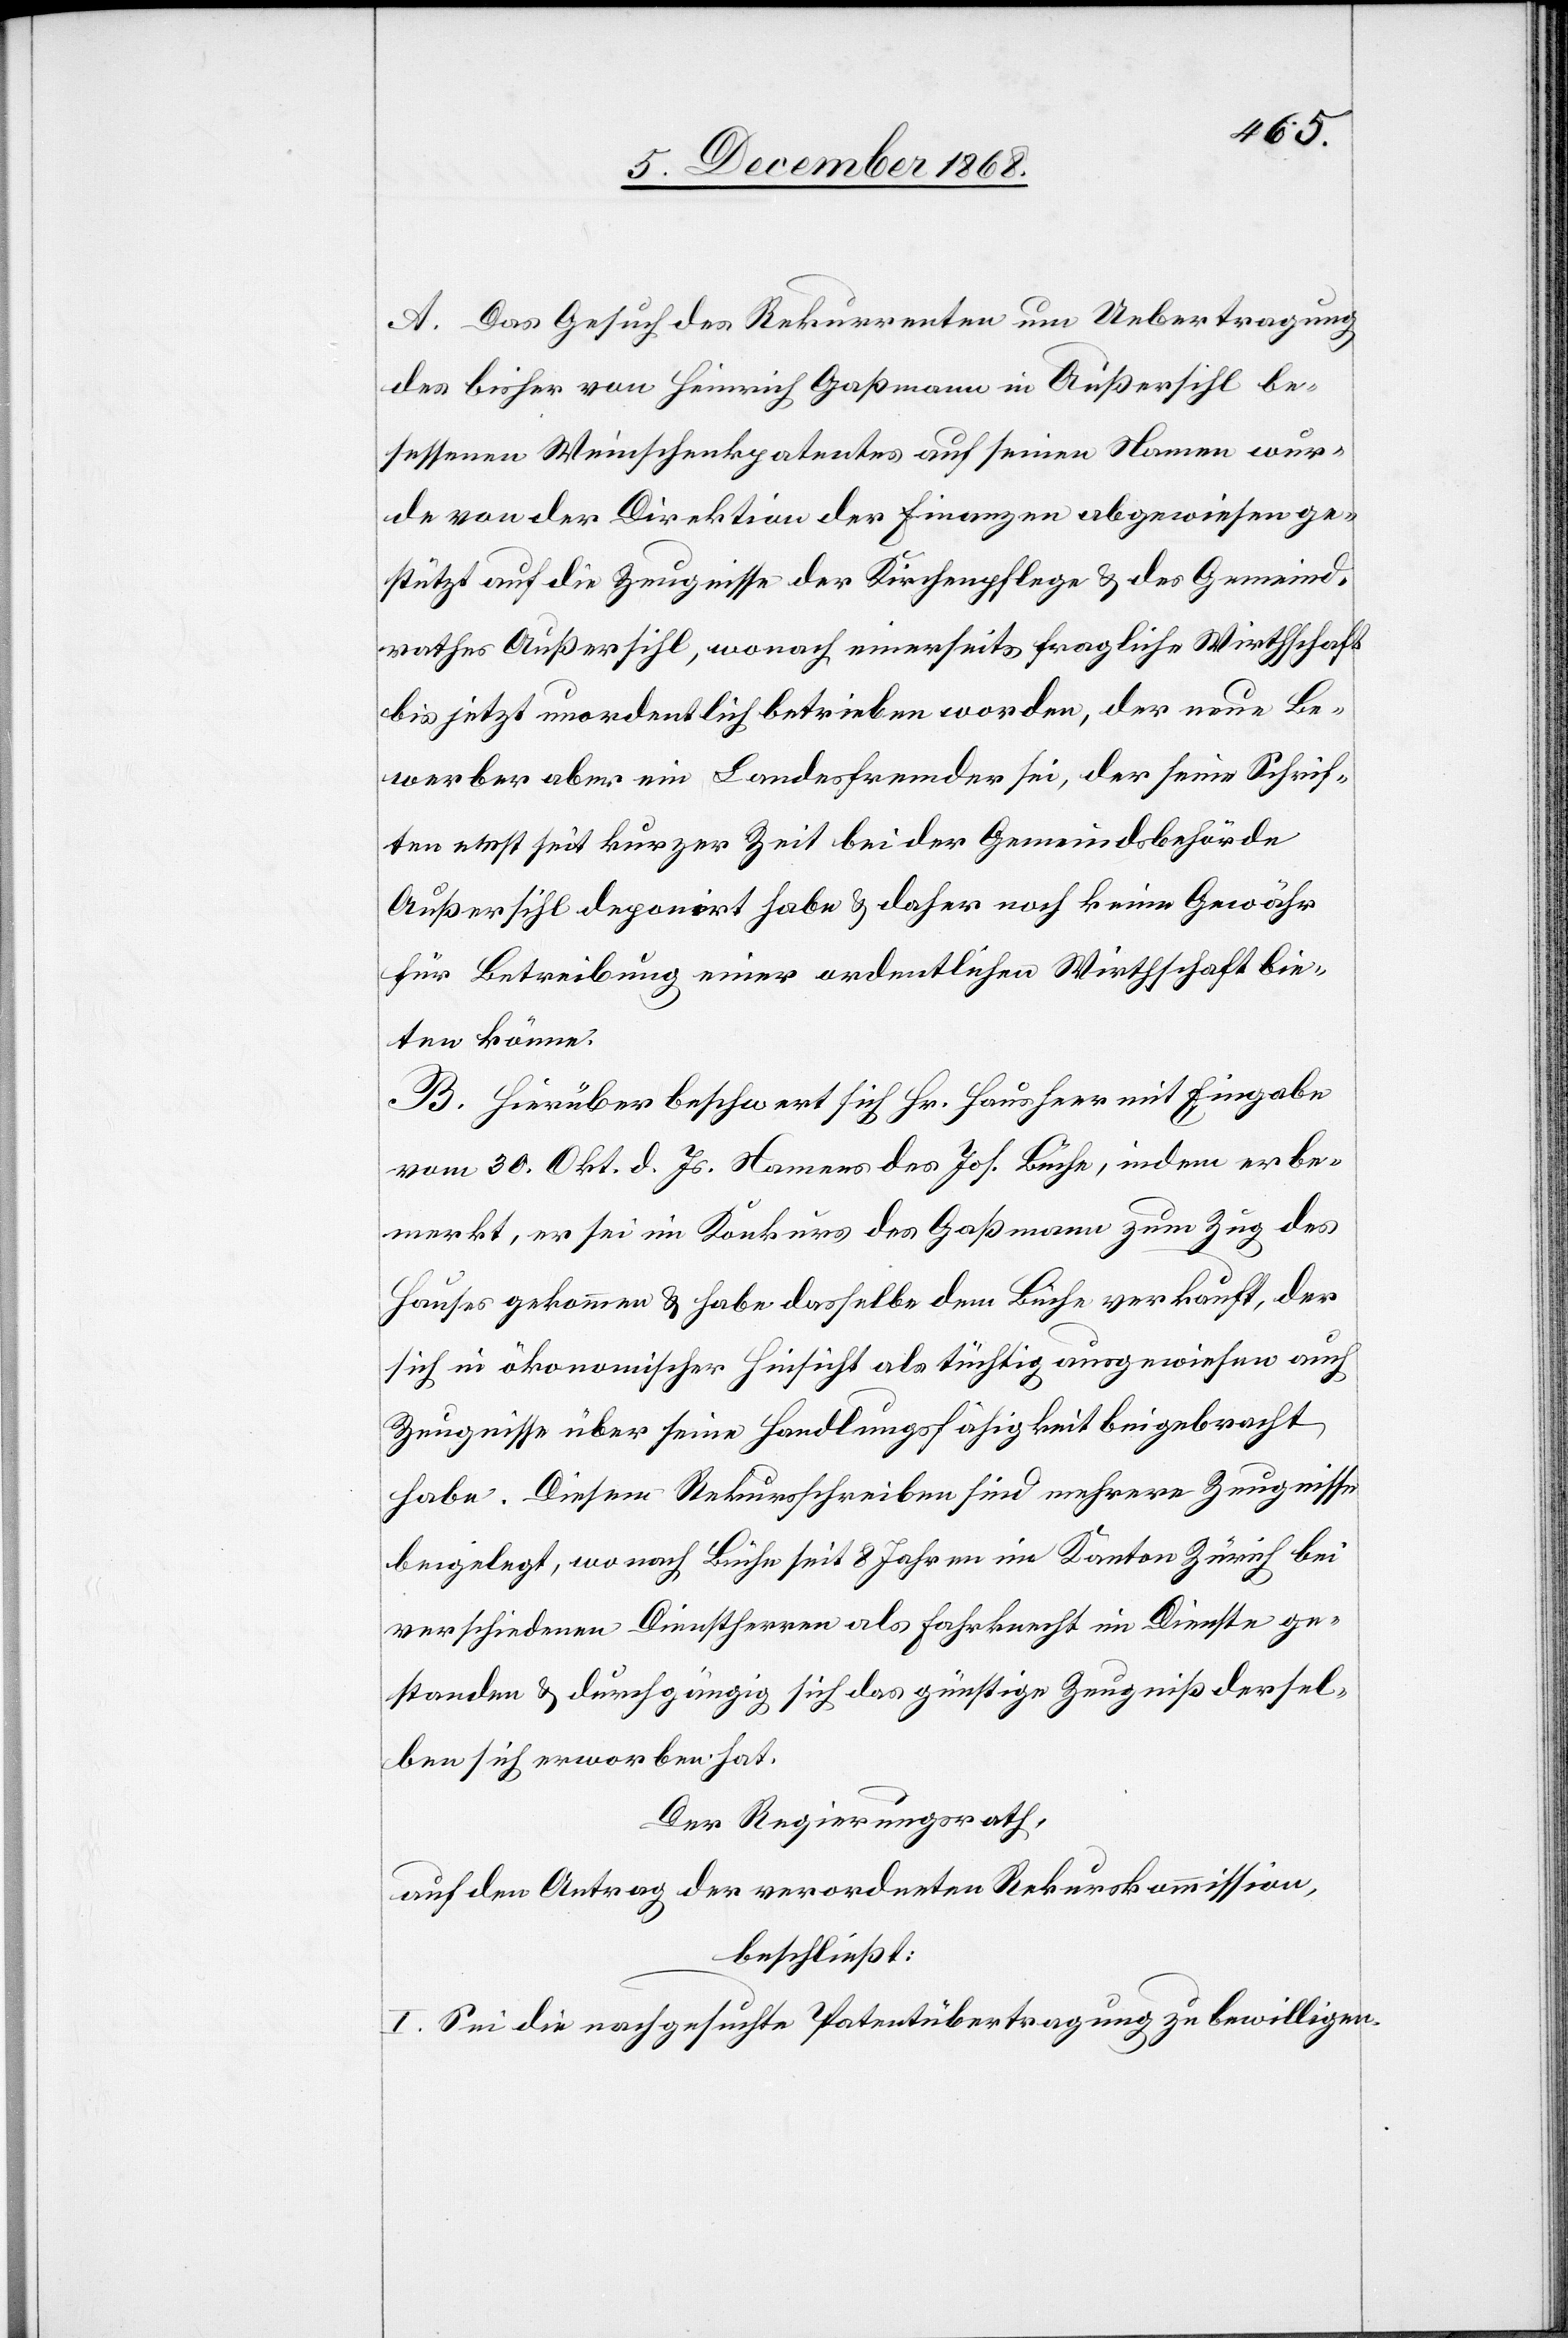
A. Das Gesuch des Rekurrenten um Uebertragung
des bisher von Heinrich Gaßmann in Außersihl be¬
sessenen Weinschenkpatentes auf seinen Namen wur¬
de von der Direktion der Finanzen abgewiesen ge¬
stützt auf die Zeugnisse der Kirchenpflege & des Gemeind¬
rathes Außersihl, wonach einerseits fragliche Wirthschaft
bis jetzt unordentlich betrieben worden, der neue Be¬
werber aber ein Landesfremder sei, der seine Schrif¬
ten erst seit kurzer Zeit bei der Gemeindsbehöre
Außersihl deponirt habe & daher noch keine Gewähr
für Betreibung einer ordentlichen Wirthschaft bie¬
ten könne.
B. Hierüber beschwert sich Hr. Hausheer mit Eingabe
vom 30. Okt. d. Js. Namens des Jos. Büche, indem er be¬
merkt, er sei im Konkurs des Gaßmann zum Zug des
Hauses gekommen & habe dasselbe dem Büche verkauft, der
sich in ökonomischer Hinsicht als tüchtig ausgewiesen auch
Zeugnisse über seine Handlungsfähigkeit beigebracht
habe. Diesem Rekursschreiben sind mehrere Zeugnisse
beigelegt, wonach Büche seit 8 Jahren im Kanton Zürich bei
verschiedenen Dienstherren als Fahrknecht im Dienste ge¬
standen & durchgängig sich das günstige Zeugniß derselben
Der Regierungsrath,
auf den Antrag der verordneten Rekurskommission,
beschließt:
I. Sei die nachgesuchte Patentübertragung zu bewilligen.